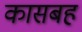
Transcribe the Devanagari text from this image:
कासबह